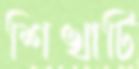
শিখাটি